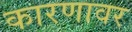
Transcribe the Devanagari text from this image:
कारणावर